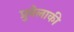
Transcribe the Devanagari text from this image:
प्रुनेलाकी